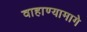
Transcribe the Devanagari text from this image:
वाहाण्यामागे